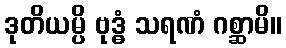
ဒုတိယမ္ပိ ဗုဒ္ဓံ သရဏံ ဂစ္ဆာမိ။